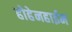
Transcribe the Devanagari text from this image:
होहेनहाईम